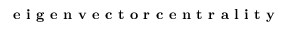
\textbf { e i g e n v e c t o r c e n t r a l i t y }